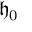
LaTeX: { \mathfrak { h } } _ { 0 }